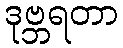
ဒုဗ္ဘရတာ